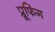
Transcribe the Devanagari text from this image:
प्रूफिंग